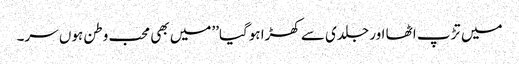
میں تڑپ اٹھا اور جلدی سے کھڑا ہوگیا’’میں بھی محب وطن ہوں سر۔